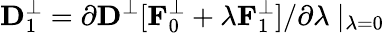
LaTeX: {\mathbf D}_{1}^{\perp}=\partial{\mathbf D}^{\perp}[{\mathbf F}_{0}^{\perp}+\lambda{\mathbf F}_{1}^{\perp}]/\partial\lambda~\vert_{\lambda=0}